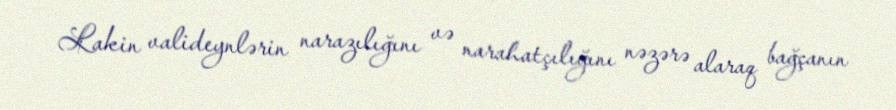
Lakin valideynlərin narazılığını və narahatçılığını nəzərə alaraq bağçanın